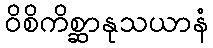
ဝိစိကိစ္ဆာနုသယာနံ